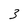
Character: 3